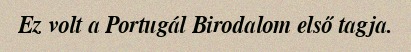
Ez volt a Portugál Birodalom első tagja.